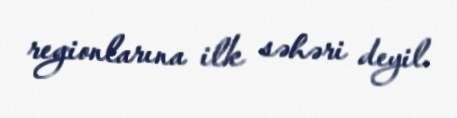
regionlarına ilk səhəri deyil.